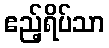
ဧည့်ရိပ်သာ